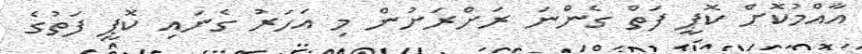
އާއްމުކޮށް ކޮޕީ ފަތް ގެންނަ ރަށްރަށުން މި އަހަރު ގެނައި ކޮޕީ ފަތުގެ